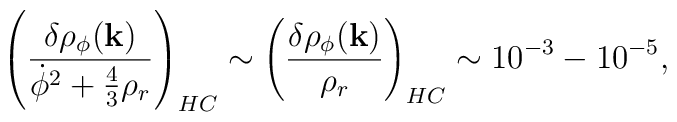
\left(\frac{\delta \rho_{\phi}({\bf k})}{{\dot \phi}^2+ \frac{4}{3}\rho_r}\right)_{HC}\sim\left(\frac{\delta \rho_{\phi}({\bf k})}{ \rho_r}\right)_{HC} \sim10^{-3} - 10^{-5},